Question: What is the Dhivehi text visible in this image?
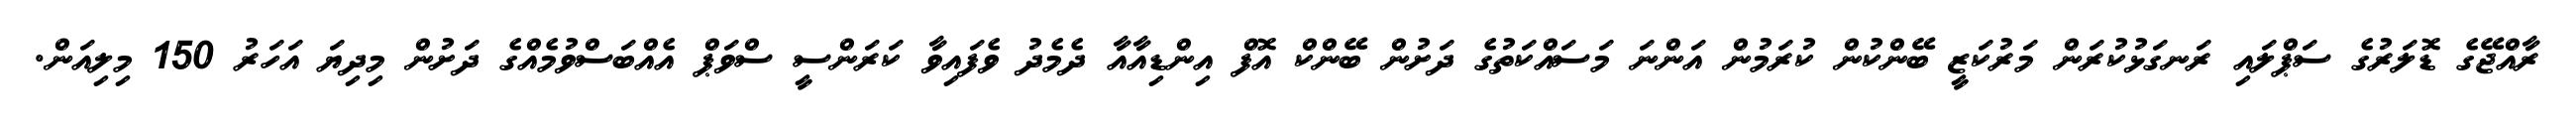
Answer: ރާއްޖޭގެ ޑޮލަރުގެ ސަޕްލައި ރަނގަޅުކުރަން މަރުކަޒީ ބޭންކުން ކުރަމުން އަންނަ މަސައްކަތުގެ ދަށުން ބޭންކް އޮފް އިންޑިއާއާ ދެމެދު ވެފައިވާ ކަރަންސީ ސްވަޕް އެއްބަސްވުމެއްގެ ދަށުން މިދިޔަ އަހަރު 150 މިލިއަން.